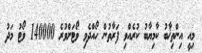
މިއީ އިންތިޚާބު ކާމިޔާބު ކުރެއްވި ފަރާތުން ހޯއްދެވި ވޯޓަށްވުރެ 140000 ވޯޓު މަދު